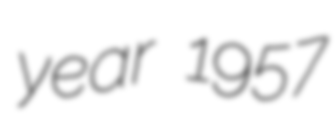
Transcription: year 1957